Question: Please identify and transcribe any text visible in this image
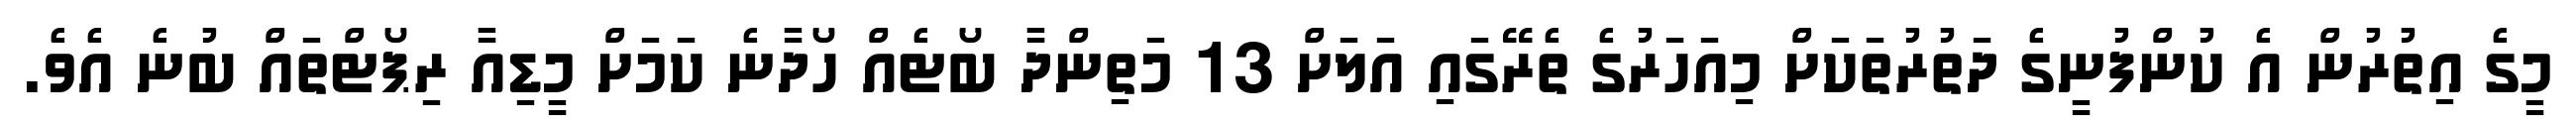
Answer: މީގެ އިތުރުން އެ ކުންފުނީގެ ދަތުރުތަކަށް މިއަހަރުގެ ތެރޭގައި އަލަށް 13 މަތިންދާ ބޯޓެއް ހޯދާނެ ކަމަށް މީޑިއާ ރިޕޯޓްތައް ބުނެ އެވެ.